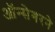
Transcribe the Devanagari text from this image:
ऑन्सेगरने